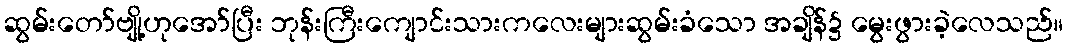
ဆွမ်းတော်ဗျို့ဟုအော်ပြီး ဘုန်းကြီးကျောင်းသားကလေးများဆွမ်းခံသော အချိန်၌ မွေးဖွားခဲ့လေသည်။